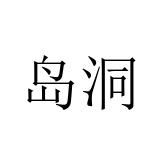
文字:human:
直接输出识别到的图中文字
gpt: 岛洞